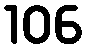
106